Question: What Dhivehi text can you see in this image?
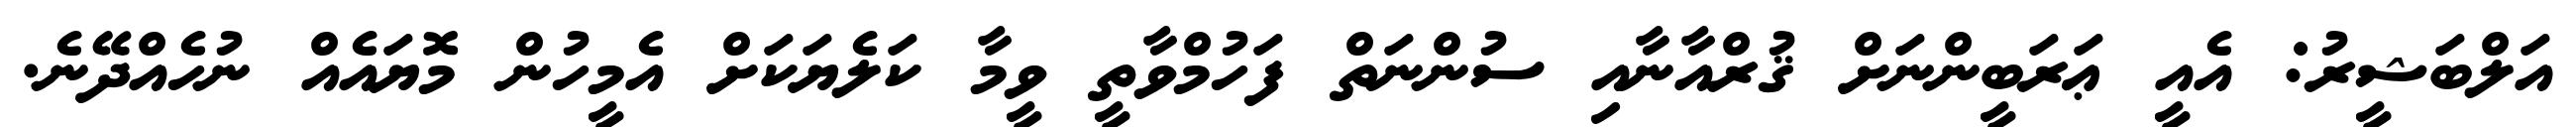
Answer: އަލްބަޝީރު: އެއީ ޢަރަބީންނަށް ޤުރްއާނާއި ސުންނަތް ފަހުމްވާތީ ވީމާ ކަލެޔަކަށް އެމީހުން މޮޔައެއް ނުހެއްދޭނެ.